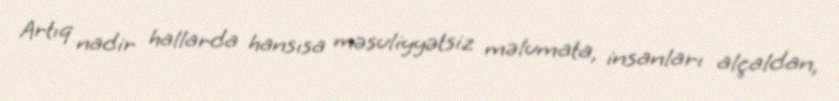
Artıq nadir hallarda hansısa məsuliyyətsiz məlumata, insanları alçaldan,